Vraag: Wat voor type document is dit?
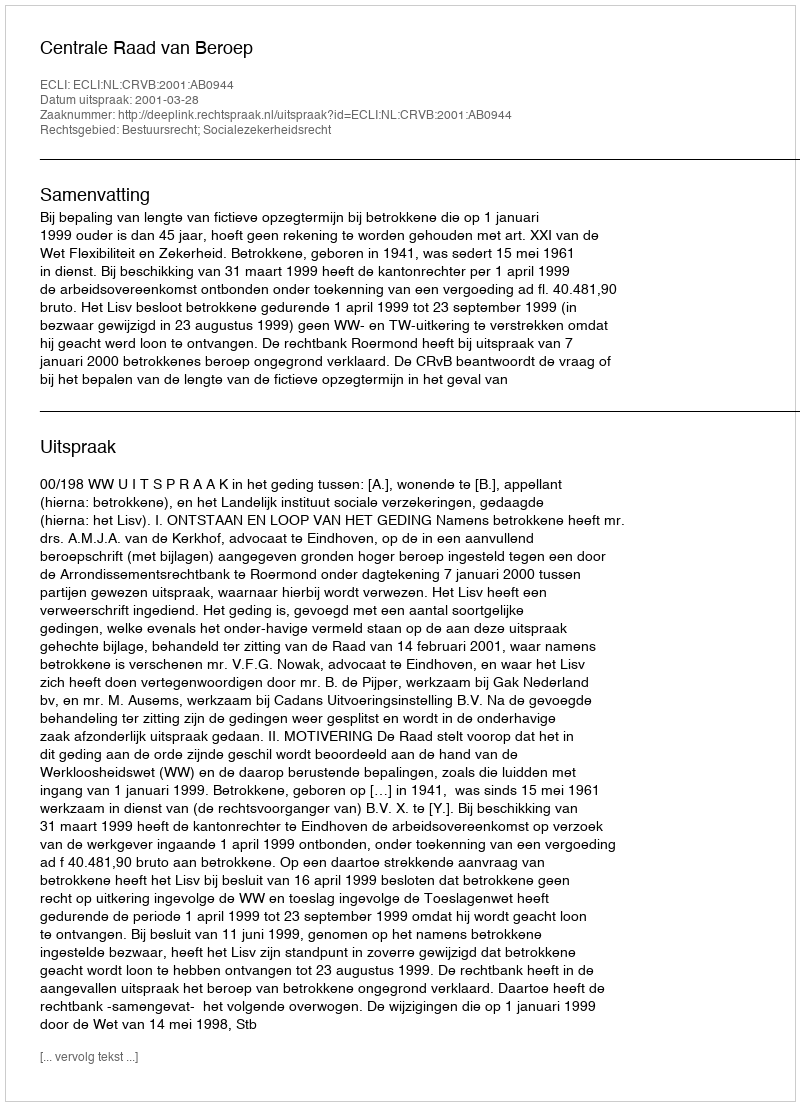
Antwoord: Uitspraak